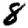
Digit: 8